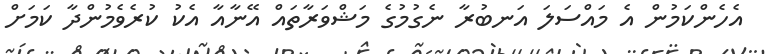
އެހެންކަމުން އެ މައްސަލަ އަނބުރާ ނެގުމުގެ މަޝްވަރާތައް އޭނާއާ އެކު ކުރެވެމުންދާ ކަމަށް